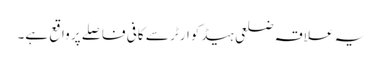
یہ علاقہ ضلعی ہیڈکوارٹر سے کافی فاصلے پر واقع ہے۔